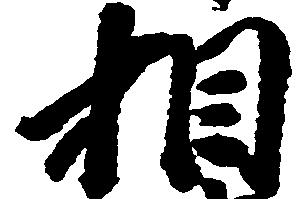
相